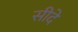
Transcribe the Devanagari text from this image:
सीदे